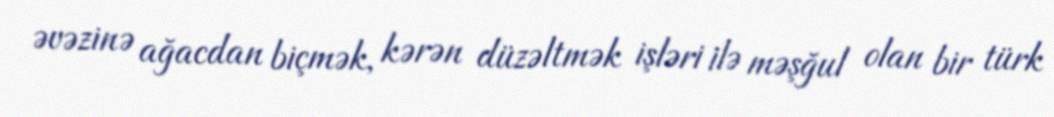
əvəzinə ağacdan biçmək, kərən düzəltmək işləri ilə məşğul olan bir türk